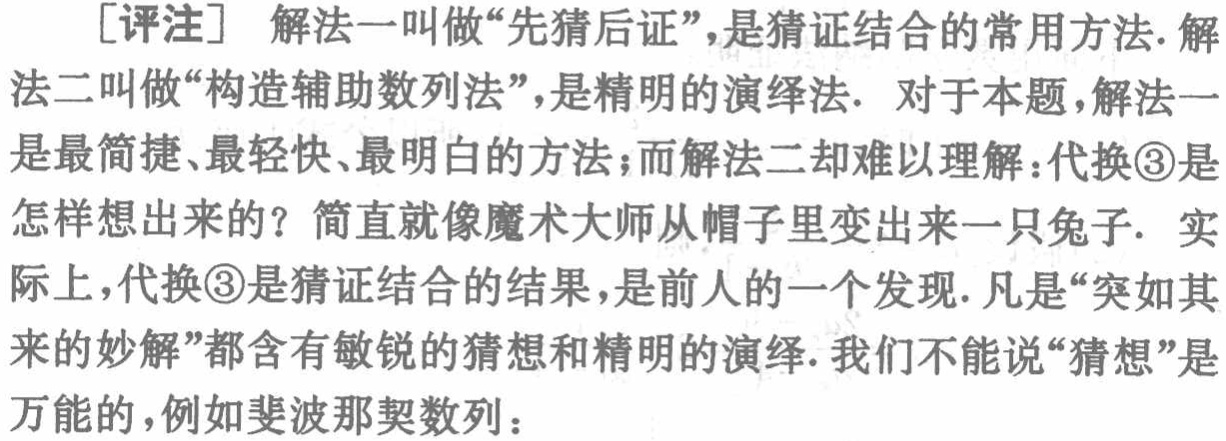
[评注] 解法一叫做“先猜后证”，是猜证结合的常用方法. 解法二叫做“构造辅助数列法”，是精明的演绎法. 对于本题，解法一是最简捷、最轻快、最明白的方法；而解法二却难以理解：代换\textcircled{3}是怎样想出来的？简直就像魔术大师从帽子里变出来一只兔子. 实际上，代换\textcircled{3}是猜证结合的结果，是前人的一个发现. 凡是“突如其来的妙解”都含有敏锐的猜想和精明的演绎. 我们不能说“猜想”是万能的，例如斐波那契数列：